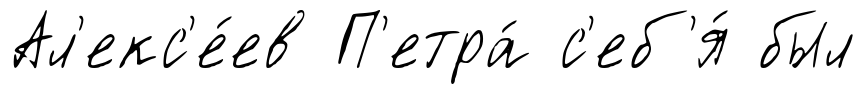
Ал'екс'е́ев П'етра́ с'еб'я́ был